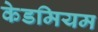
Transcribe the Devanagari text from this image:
केडमियम